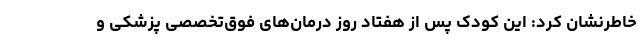
خاطرنشان کرد: این کودک پس از هفتاد روز درمان‌های فوق‌تخصصی پزشکی و